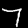
Digit: 7